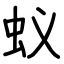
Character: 蚁